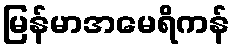
မြန်မာအမေရိကန်